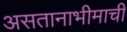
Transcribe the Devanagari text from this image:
असतानाभीमाची